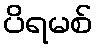
ပိရမစ်